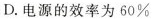
D.电源的效率为60%